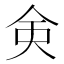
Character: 㑒